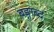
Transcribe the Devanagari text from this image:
बङ्गाब्द